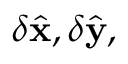
\delta \hat { \mathbf x } , \delta \hat { \mathbf y } ,